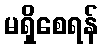
မရှိစေရန်